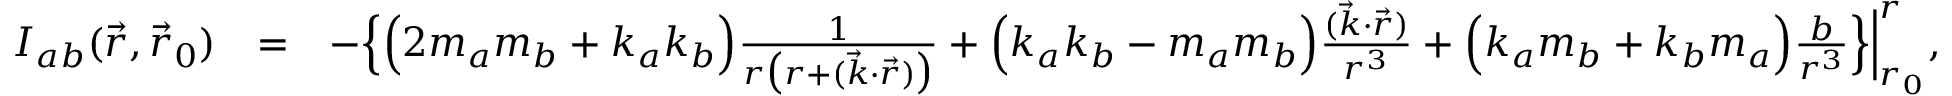
\begin{array} { r l r } { { \cal I } _ { a b } ( \vec { r } , \vec { r } _ { 0 } ) } & { = } & { - \Big \{ \Big ( 2 m _ { a } m _ { b } + k _ { a } k _ { b } \Big ) \frac { 1 } { r \big ( r + ( { \vec { k } } \cdot { \vec { r } } ) \big ) } + \Big ( k _ { a } k _ { b } - m _ { a } m _ { b } \Big ) \frac { ( { \vec { k } } \cdot { \vec { r } } ) } { r ^ { 3 } } + \Big ( k _ { a } m _ { b } + k _ { b } m _ { a } \Big ) \frac { b } { r ^ { 3 } } \Big \} \Big | _ { r _ { 0 } } ^ { r } , } \end{array}